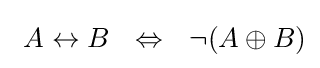
~A\leftrightarrow B~~\Leftrightarrow ~~\neg (A\oplus B)